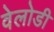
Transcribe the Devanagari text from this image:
वेलोडी